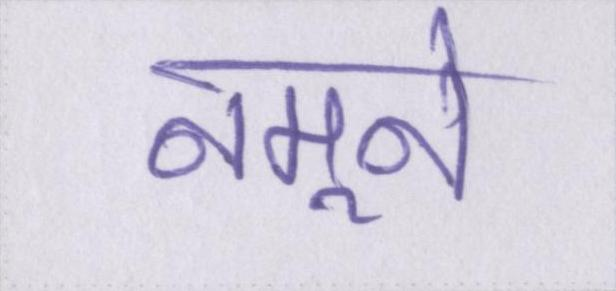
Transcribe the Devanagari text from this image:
नमूने